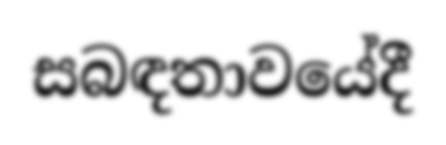
සබඳතාවයේදී